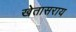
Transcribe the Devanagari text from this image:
खेतासराय